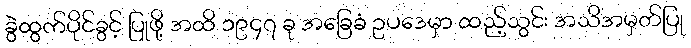
ခွဲထွက်ပိုင်ခွင့် ပြုဖို့ အထိ ၁၉၄၇ ခု အခြေခံ ဥပဒေမှာ ထည့်သွင်း အသိအမှတ်ပြု